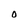
Character: 0